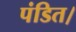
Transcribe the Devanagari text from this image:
पंडित।